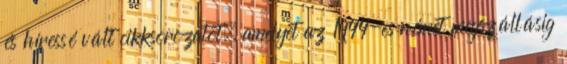
és híressé vált cikksorozatot, amelyet az 1944-es német megszállásig